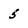
Character: 5